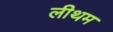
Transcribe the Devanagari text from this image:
लीथम